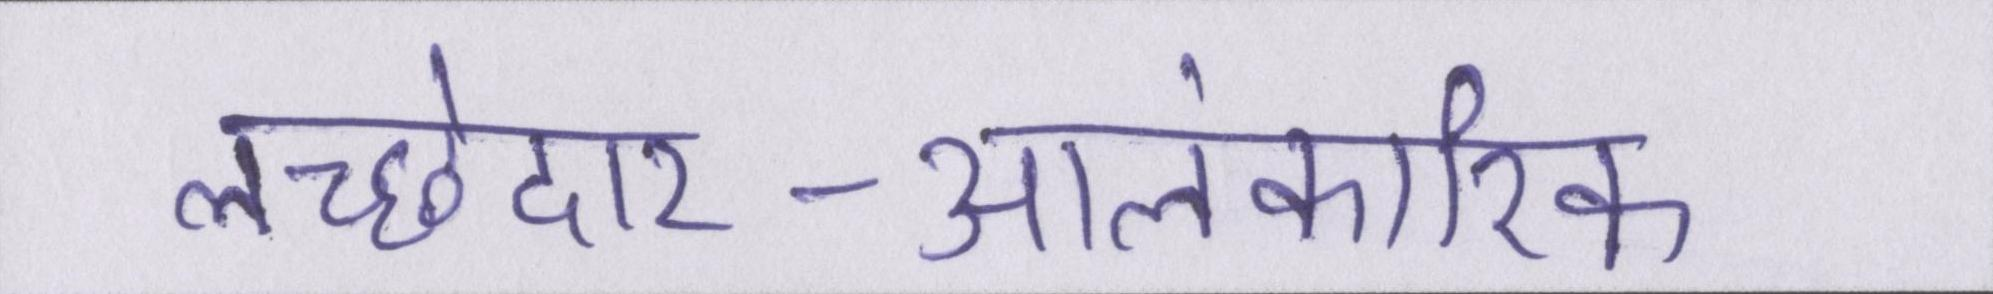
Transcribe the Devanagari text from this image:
लच्छेदार-आलंकारिक